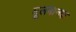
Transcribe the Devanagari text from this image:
मूलमानक